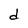
Character: d